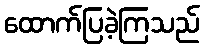
ထောက်ပြခဲ့ကြသည်